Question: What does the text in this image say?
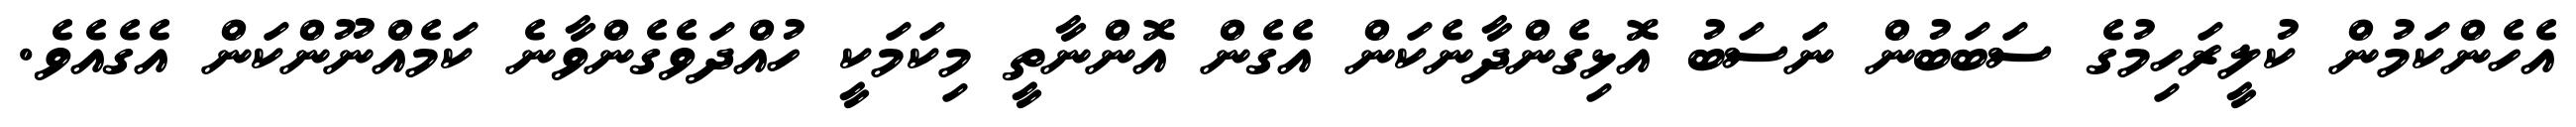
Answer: އެހެންކަމުން ކުލީރަހިމުގެ ސަބަބުން ނަސަބު އޮޅިގެންދާނެކަން އެގެން އޮންނާތީ މިކަމަކީ ހުއްދަވެގެންވާނެ ކަމެއްނޫންކަން އެގެއެވެ.